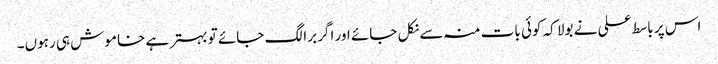
اس پر باسط علی نے بولا کہ کوئی بات منہ سے نکل جائے اور اگر برا لگ جائے تو بہتر ہے خاموش ہی رہوں۔